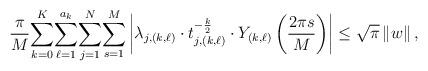
LaTeX: \begin{align*}\frac{\pi}{M}{\displaystyle\sum_{k=0}^{K}}{\displaystyle\sum_{\ell=1}^{a_{k}}}{\displaystyle\sum_{j=1}^{N}}{\displaystyle\sum_{s=1}^{M}}\left\vert \lambda_{j,\left( k,\ell\right) }\cdot t_{j,\left(k,\ell\right) }^{-\frac{k}{2}}\cdot Y_{\left( k,\ell\right) }\left(\frac{2\pi s}{M}\right) \right\vert \leq\sqrt{\pi}\left\Vert w\right\Vert ,\end{align*}